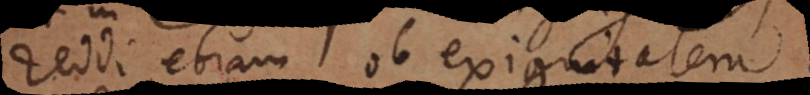
reddi etiam ob exiguitatem,